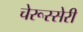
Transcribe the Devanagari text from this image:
चेरूस्सेरी